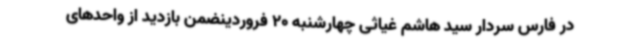
در فارس سردار سید هاشم غیاثی چهارشنبه 20 فروردینضمن بازدید از واحدهای